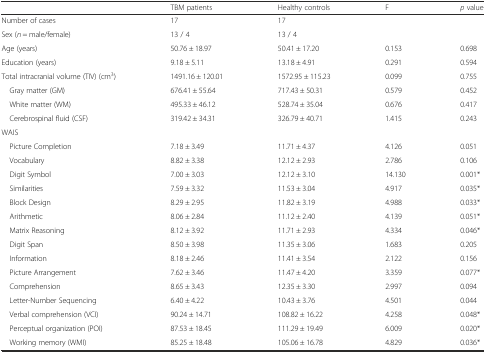
<table><thead><tr><td></td><td><b>TBM patients</b></td><td><b>Healthy controls</b></td><td><b>F</b></td><td><b><i>p</i> value</b></td></tr></thead><tbody><tr><td>Number of cases</td><td>17</td><td>17</td><td></td><td></td></tr><tr><td>Sex (<i>n</i> = male/female)</td><td>13 / 4</td><td>13 / 4</td><td></td><td></td></tr><tr><td>Age (years)</td><td>50.76 ± 18.97</td><td>50.41 ± 17.20</td><td>0.153</td><td>0.698</td></tr><tr><td>Education (years)</td><td>9.18 ± 5.11</td><td>13.18 ± 4.91</td><td>0.291</td><td>0.594</td></tr><tr><td>Total intracranial volume (TIV) (cm<sup>3</sup>)</td><td>1491.16 ± 120.01</td><td>1572.95 ± 115.23</td><td>0.099</td><td>0.755</td></tr><tr><td> Gray matter (GM)</td><td>676.41 ± 55.64</td><td>717.43 ± 50.31</td><td>0.579</td><td>0.452</td></tr><tr><td> White matter (WM)</td><td>495.33 ± 46.12</td><td>528.74 ± 35.04</td><td>0.676</td><td>0.417</td></tr><tr><td> Cerebrospinal fluid (CSF)</td><td>319.42 ± 34.31</td><td>326.79 ± 40.71</td><td>1.415</td><td>0.243</td></tr><tr><td>WAIS</td><td></td><td></td><td></td><td></td></tr><tr><td> Picture Completion</td><td>7.18 ± 3.49</td><td>11.71 ± 4.37</td><td>4.126</td><td>0.051</td></tr><tr><td> Vocabulary</td><td>8.82 ± 3.38</td><td>12.12 ± 2.93</td><td>2.786</td><td>0.106</td></tr><tr><td> Digit Symbol</td><td>7.00 ± 3.03</td><td>12.12 ± 3.10</td><td>14.130</td><td>0.001*</td></tr><tr><td> Similarities</td><td>7.59 ± 3.32</td><td>11.53 ± 3.04</td><td>4.917</td><td>0.035*</td></tr><tr><td> Block Design</td><td>8.29 ± 2.95</td><td>11.82 ± 3.19</td><td>4.988</td><td>0.033*</td></tr><tr><td> Arithmetic</td><td>8.06 ± 2.84</td><td>11.12 ± 2.40</td><td>4.139</td><td>0.051*</td></tr><tr><td> Matrix Reasoning</td><td>8.12 ± 3.92</td><td>11.71 ± 2.93</td><td>4.334</td><td>0.046*</td></tr><tr><td> Digit Span</td><td>8.50 ± 3.98</td><td>11.35 ± 3.06</td><td>1.683</td><td>0.205</td></tr><tr><td> Information</td><td>8.18 ± 2.46</td><td>11.41 ± 3.54</td><td>2.122</td><td>0.156</td></tr><tr><td> Picture Arrangement</td><td>7.62 ± 3.46</td><td>11.47 ± 4.20</td><td>3.359</td><td>0.077*</td></tr><tr><td> Comprehension</td><td>8.65 ± 3.43</td><td>12.35 ± 3.30</td><td>2.997</td><td>0.094</td></tr><tr><td> Letter-Number Sequencing</td><td>6.40 ± 4.22</td><td>10.43 ± 3.76</td><td>4.501</td><td>0.044</td></tr><tr><td> Verbal comprehension (VCI)</td><td>90.24 ± 14.71</td><td>108.82 ± 16.22</td><td>4.258</td><td>0.048*</td></tr><tr><td> Perceptual organization (POI)</td><td>87.53 ± 18.45</td><td>111.29 ± 19.49</td><td>6.009</td><td>0.020*</td></tr><tr><td> Working memory (WMI)</td><td>85.25 ± 18.48</td><td>105.06 ± 16.78</td><td>4.829</td><td>0.036*</td></tr></tbody></table>